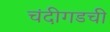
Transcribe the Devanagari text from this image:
चंदीगडची